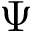
\Psi